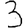
Digit: 3